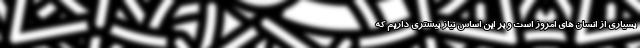
بسیاری از انسان های امروز است و بر این اساس نیاز بیشتری داریم که